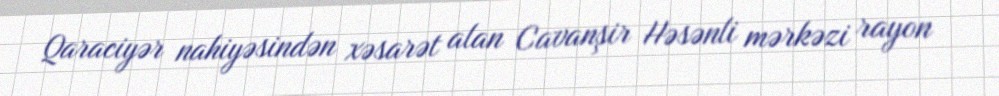
Qaraciyər nahiyəsindən xəsarət alan Cavanşir Həsənli mərkəzi rayon